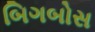
બિગબોસ